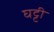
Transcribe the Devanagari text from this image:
घट्टी